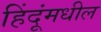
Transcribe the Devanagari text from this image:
हिंदूंमधील